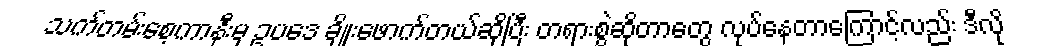
သက်တမ်းစေ့ကာနီးမှ ဥပဒေ ချိုးဖောက်တယ်ဆိုပြီး တရားစွဲဆိုတာတွေ လုပ်နေတာကြောင့်လည်း ဒီလို